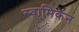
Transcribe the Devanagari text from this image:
स्वामिकेन